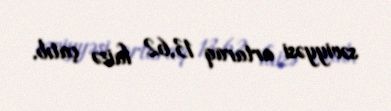
səviyyəsi artaraq 13,62 faizə çatıb.